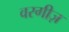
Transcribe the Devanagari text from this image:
वरगीज़